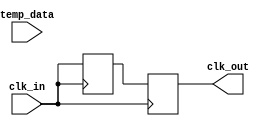
module temp_compensated_clock_buffer (
    input wire clk_in,           // Input clock signal
    input wire [7:0] temp_data,  // Temperature data input (8-bit for example)
    output reg clk_out           // Buffered clock output
);

    // Parameters for the design
    parameter TEMP_MIN = 8'd0;   // Minimum temperature (example)
    parameter TEMP_MAX = 8'd100;  // Maximum temperature (example)
    parameter DELAY_MIN = 5;      // Minimum delay (in time units)
    parameter DELAY_MAX = 15;     // Maximum delay (in time units)

    // Internal signals
    reg [3:0] delay_setting;      // Delay setting based on temperature
    reg [3:0] delay_value;        // Actual delay value to apply
    reg clk_delayed;              // Delayed clock signal

    // Temperature compensation logic
    always @(*) begin
        // Simple linear mapping of temperature to delay setting
        if (temp_data < TEMP_MIN) begin
            delay_setting = DELAY_MIN;
        end else if (temp_data > TEMP_MAX) begin
            delay_setting = DELAY_MAX;
        end else begin
            delay_setting = DELAY_MIN + ((temp_data - TEMP_MIN) * (DELAY_MAX - DELAY_MIN)) / (TEMP_MAX - TEMP_MIN);
        end
    end

    // Variable delay line (simple example using a counter)
    always @(posedge clk_in) begin
        // Simulate variable delay based on delay_setting
        clk_delayed <= clk_in; // Capture the input clock
        #delay_setting;         // Introduce delay based on temperature compensation
        clk_out <= clk_delayed; // Output the delayed clock
    end

endmodule